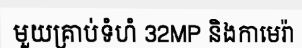
មួយគ្រាប់ទំហំ 32MP និងកាមេរ៉ា